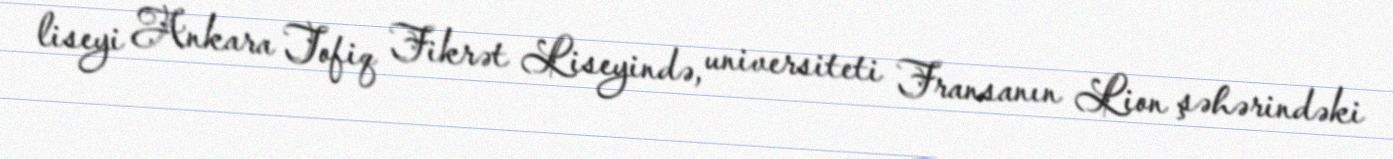
liseyi Ankara Tofiq Fikrət Liseyində, universiteti Fransanın Lion şəhərindəki